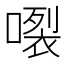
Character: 𱔗